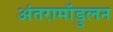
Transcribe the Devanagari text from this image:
अंतरामॉडुलन